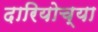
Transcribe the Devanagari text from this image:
दारियोच्या